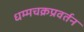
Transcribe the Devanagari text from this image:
धम्मचक्रप्रवर्तन